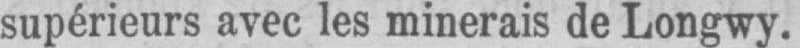
supérieurs avec les minerais de Longwy.